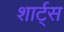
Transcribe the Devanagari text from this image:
शार्ट्स